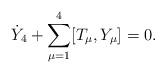
LaTeX: \begin{align*}\dot{Y}_4+\sum_{\mu=1}^4[T_\mu, Y_\mu]=0.\end{align*}